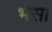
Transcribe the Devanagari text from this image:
भेस।